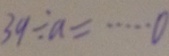
3 9 \div a = \cdots 0